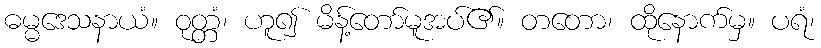
ဓမ္မဒေသနာယံ။ ဝုတ္တံ၊ ဟူ၍ မိန့်တော်မူအပ်၏။ တတော၊ ထိုနောက်မှ။ ပရံ၊